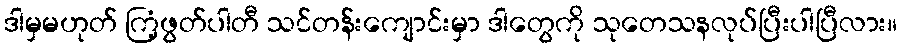
ဒါမှမဟုတ် ကြံ့ဖွတ်ပါတီ သင်တန်းကျောင်းမှာ ဒါတွေကို သုတေသနလုပ်ပြီးပါပြီလား။